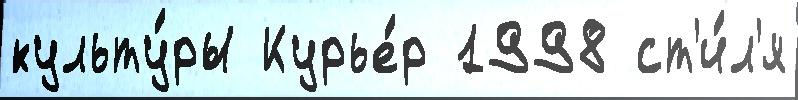
культу́ры Курье́р 1998 ст'и́л'я